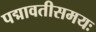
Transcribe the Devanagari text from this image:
पद्मावतीसमयः